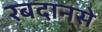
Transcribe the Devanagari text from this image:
रबदानसे